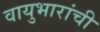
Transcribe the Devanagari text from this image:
वायुभारांची